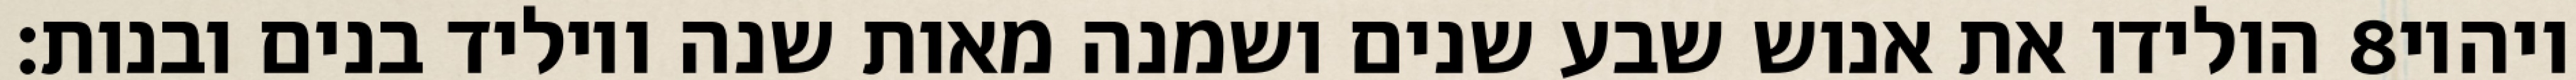
הולידו את אנוש שבע שנים ושמנה מאות שנה ויוליד בנים ובנות׃ ‎8‏ ויהיו